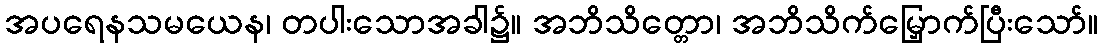
အပရေနသမယေန၊ တပါးသောအခါ၌။ အဘိသိတ္တော၊ အဘိသိက်မြှောက်ပြီးသော်။